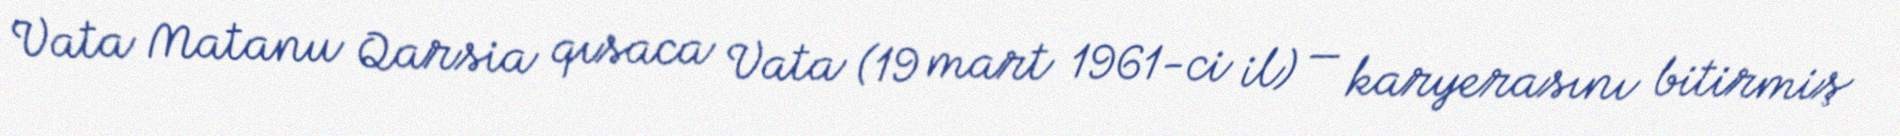
Vata Matanu Qarsia qısaca Vata (19 mart 1961-ci il) — karyerasını bitirmiş